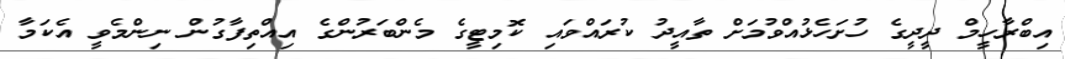
އިބްރާހީމް ދީދީގެ ހުށަހެޅުއްވުމަށް ތާއީދު ކުރައްވައި ކޮމިޓީގެ މެންބަރުންގެ އިއްތިފާގުން ނިންމެވީ އެކަމާ